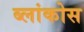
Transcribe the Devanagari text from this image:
ब्लांकोस